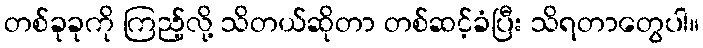
တစ်ခုခုကို ကြည့်လို့ သိတယ်ဆိုတာ တစ်ဆင့်ခံပြီး သိရတာတွေပါ။